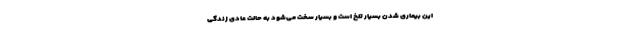
این بیماری شدن بسیار تلخ است و بسیار سخت می‌شود به حالت عادی زندگی